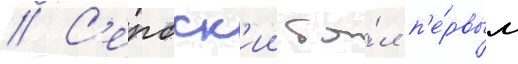
// С'ербск'ии бы́л п'е́рвым